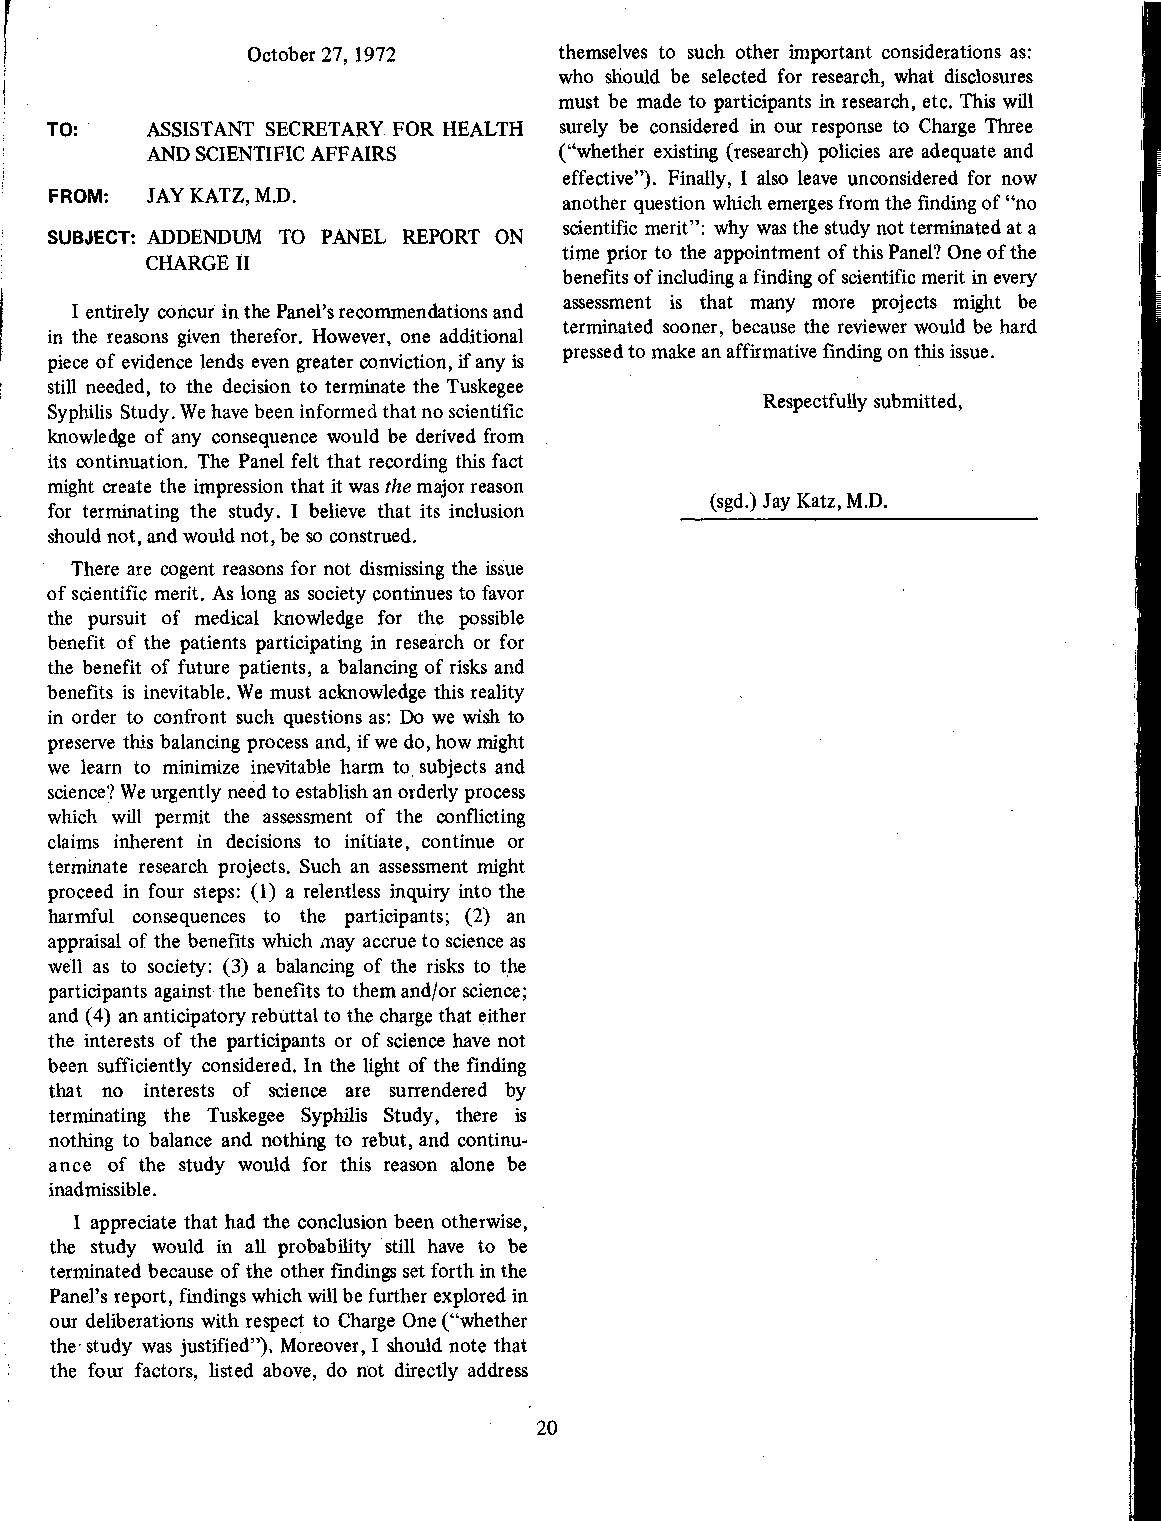
October 27, 1972     themselves to such other important considerations as:
 who should be selected for research, what disclosures
 must be made to participants in research, etc. This will
 TO:   ASSISTANT SECRETARY. FOR HEALTH surely be considered in our response to Charge Three
 AND SCIENTIFIC AFFAIRS      ("whether existing (research) policies are adequate and
 effective"). Finally, I also leave unconsidered for now
 FROM: JAY KATZ, M.D.              another question which emerges from the finding of "no
 scientific merit": why was the study not terminated at a
 SUBJECT: ADDENDUM TO PANEL REPORT ON
 time prior to the appointment of this Panel? One of the
 CHARGER
 benefits of including a finding of scientific merit in every
 assessment is that many more projects might be
 I entirely concur in the Panel's recommendations and
 terminated sooner, because the reviewer would be hard
 in the reasons given therefor. However, one additional
 pressed to make an affirmative finding on this issue .
 piece of evidence lends even greater conviction, if any is
 still needed, to the decision to terminate the Tuskegee
 Respectfully submitted,
 Syphilis Study. We have been informed that no scientific
 knowledge of any consequence would be derived from
 its continuation. The Panel felt that recording this fact
 might create the impression that it was the major reason
 (sgd.) Jay Katz, M.D.
 for terminating the study. I believe that its inclusion
 should not, and would not, be so construed.
 There are cogent reasons for not dismissing the issue
 of scientific merit. As long as society continues to favor
 the pursuit of medical knowledge for the possible
 benefit of the patients participating in research or for
 the benefit of future patients, a balancing of risks and
 benefits is inevitable. We must acknowledge this reality
 in order to confront such questions as: Do we wish to
 preserve this balancing process and, if we do, how might
 we learn to minimize inevitable harm to, subjects and
 science? We urgently need to establish an orderly process
 which will permit the assessment of the conflicting
 claims inherent in decisions to initiate, continue or
 terminate research projects. Such an assessment might
 proceed in four steps: (1) a relentless inquiry into the
 harmful consequences to the participants ; (2) an
 appraisal of the benefits which may accrue to science as
 well as to society: (3) a balancing of the risks to the
 participants against the benefits to them and/or science ;
 and (4) an anticipatory rebuttal to the charge that either
 the interests of the participants or of science have not
 been sufficiently considered. In the light of the finding
 that no interests of science are surrendered by
 terminating the Tuskegee Syphilis Study, there is
 nothing to balance and nothing to rebut, and continu-
 ance of the study would for this reason alone be
 inadmissible.
 I appreciate that had the conclusion been otherwise,
 the study would in all probability still have to be
 terminated because of the other findings set forth in the
 Panel's report, findings which will be further explored in
 our deliberations with respect to Charge One ("whether
 the- study was justified"). Moreover, I should note that
 the four factors, listed above, do not directly address
 20